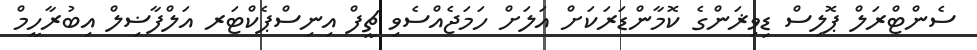
ސެންޓްރަލް ޕޮލިސް ޑިވިޜަންގެ ކޮމާންޑަރަކަށް އަލަށް ހަމަޖެއްސެވި ޗީފް އިނިސްޕެކްޓަރ އަލްފާޟިލް އިބުރާހީމް